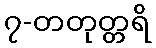
၇-တတုတ္တရိ